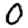
Digit: 0